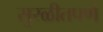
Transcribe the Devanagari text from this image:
सुरळीतपणें